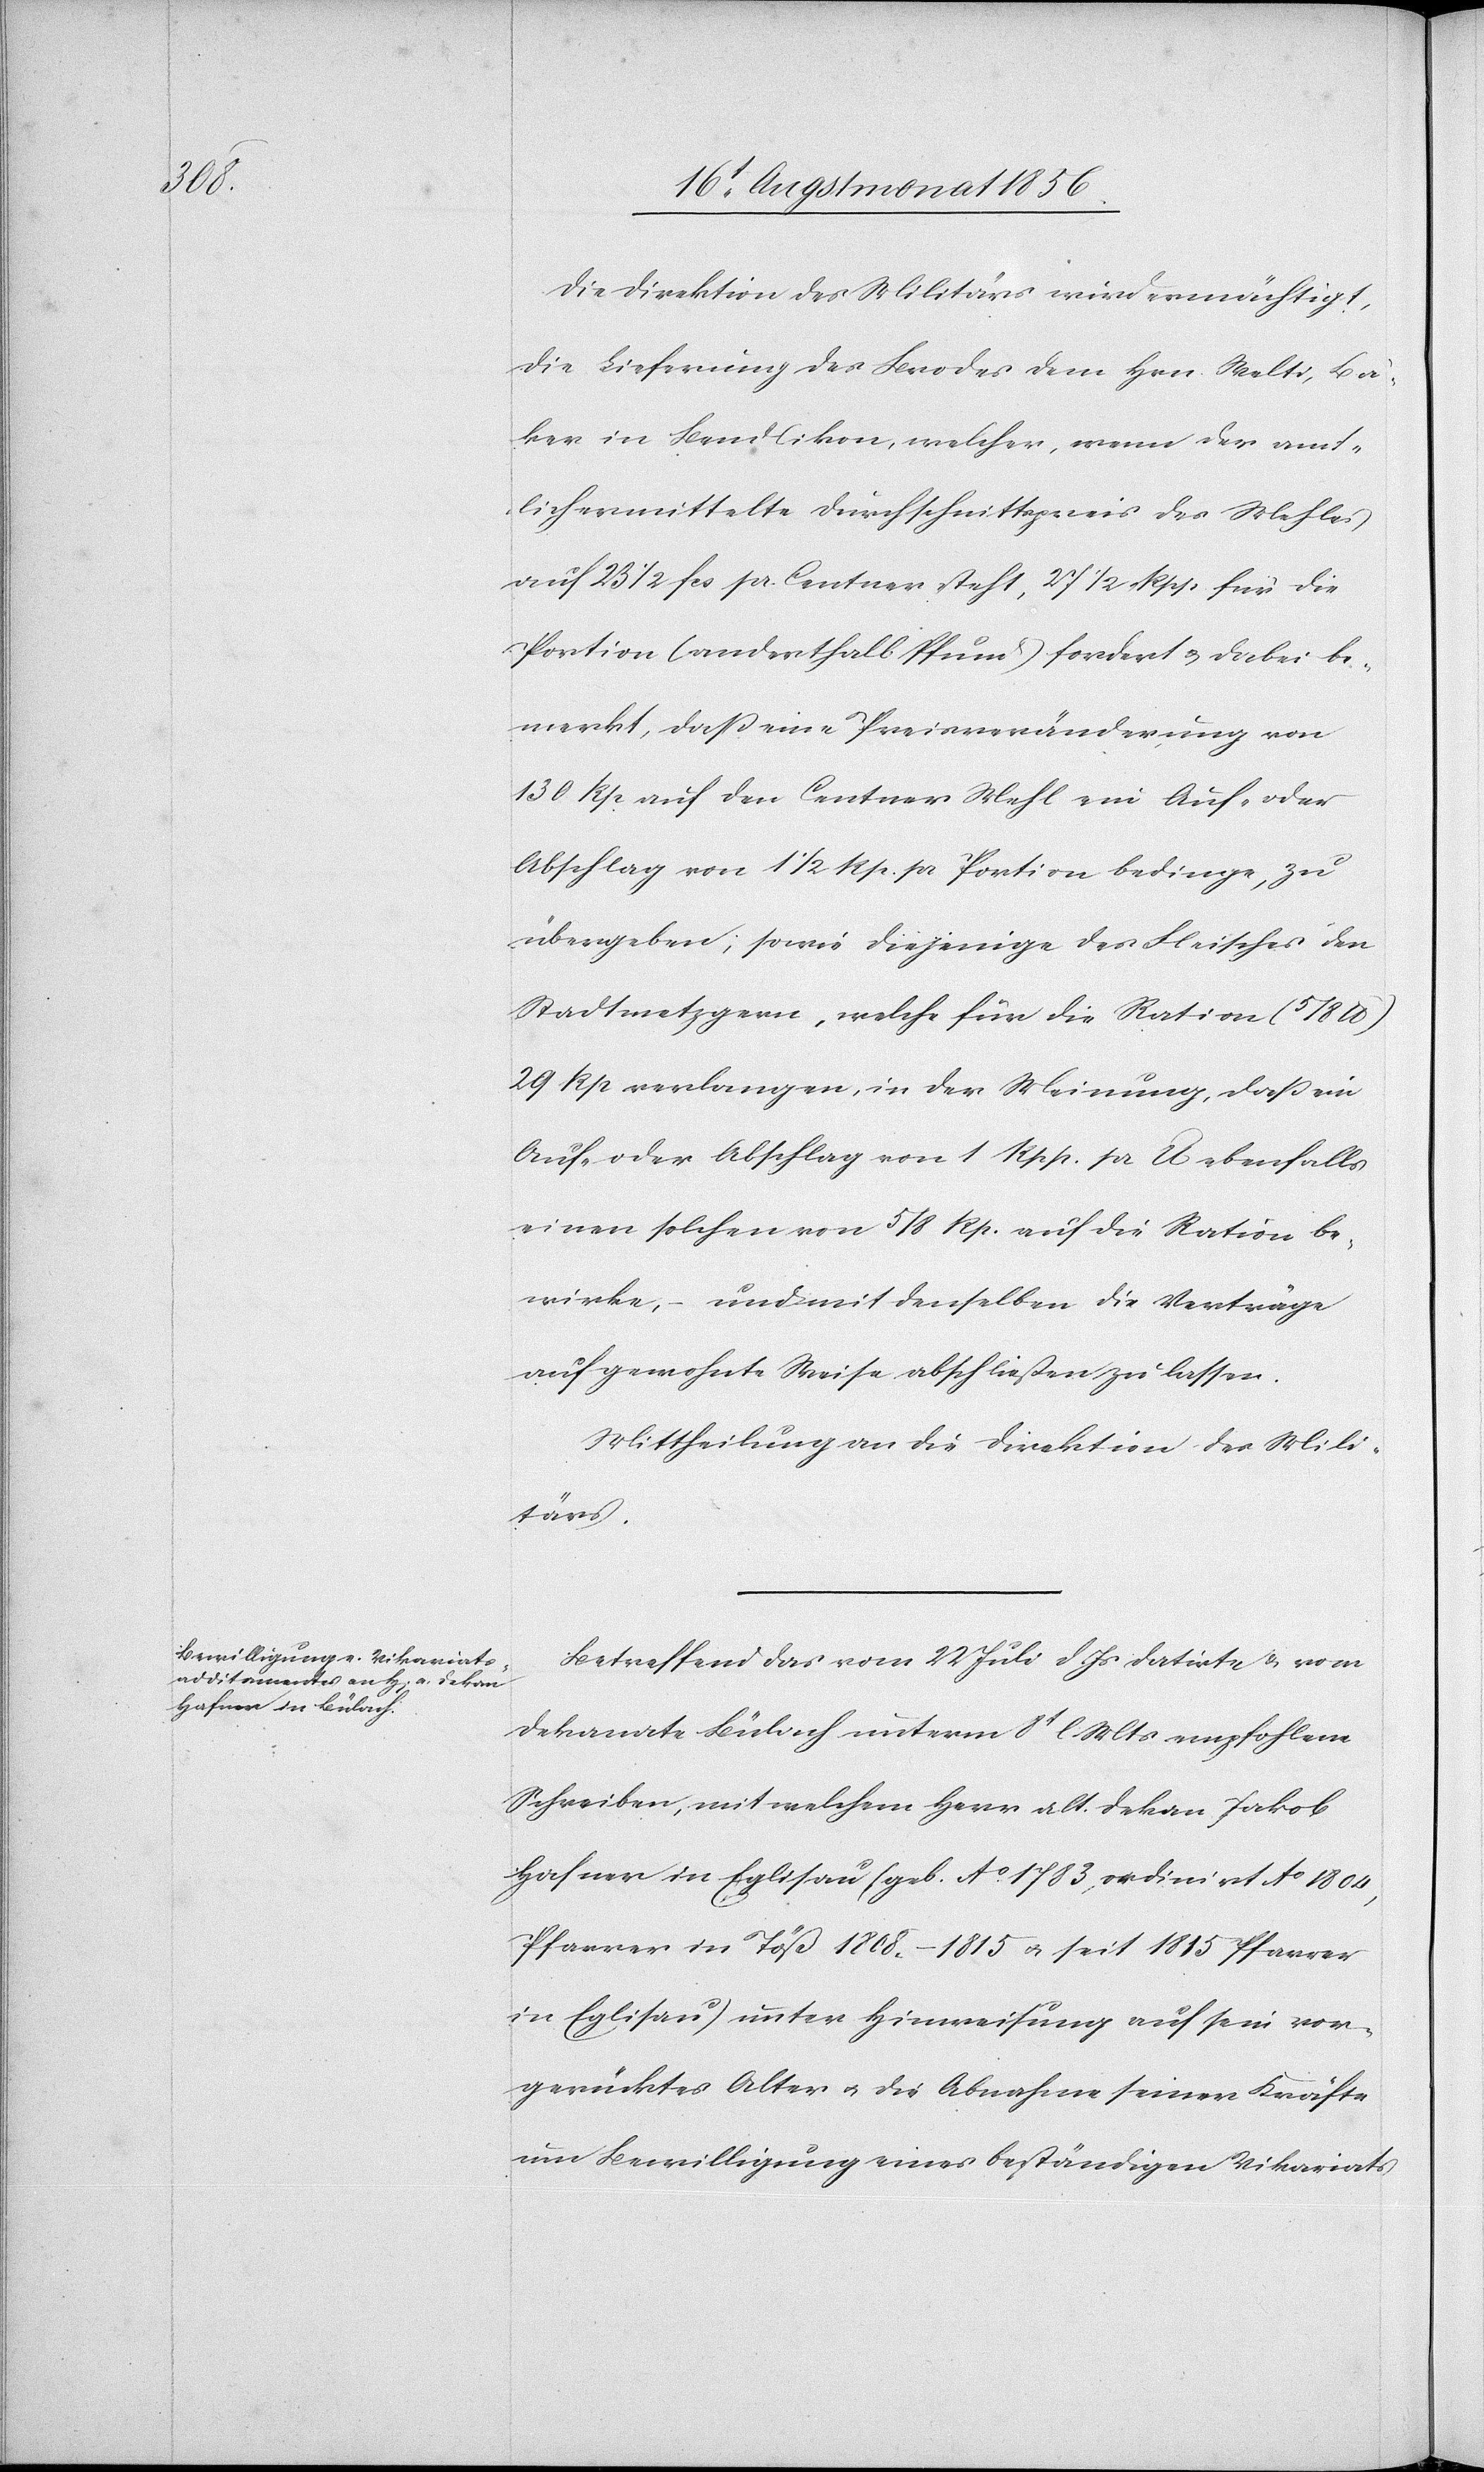
[si¬

Die Direktion des Militärs wird ermächtigt,
die Lieferung des Brodes dem Hrn. Welti, Bä¬
c!] in Bendlikon, welcher, wenn der amt¬
lich ermittelte Durchschnittspreis des Mehles
auf 23 1/2 fcs. pr. Centner steht, 27 1/2 Rpp für die
Portion (anderthalb Pfund) fordert u. dabei be¬
merkt, dass eine Preisveränderung von
130 Rp auf den Centner Mehl ein Auf- oder
Abschlag von 1 1/2 Rp. pr Portion bedinge, zu
übergeben; sowie diejenige des Fleisches den
Stadtmetzgern, welche für die Ration (5/8
29 Rp verlangen, in der Meinung, dass ein
Auf- oder Abschlag von 1 Rpp. pr lb ebenfalls
einen solchen von 5/8 Rp. auf die Ration be¬
wirke, – und mit denselben die Verträge
auf gewohnte Weise abschließen zu lassen.
Mittheilung an die Direktion des Mili¬
tärs.
Betreffend das vom 22 Juli d. Js datirte & vom
Dekanate Bülach unterm 8t l Mts empfohlene
Schreiben, mit welchem Herr alt. Dekan Jakob
Hafner in Eglisau (geb. Ao 1783, ordinirt Ao 1804,
Pfarrer in Töß 1808.–1815 u. seit 1815 Pfarrer
in Eglisau) unter Hinweisung auf sein vor¬
gerücktes Alter u. die Abnahme seiner Kräfte
um Bewilligung eines beständigen Vikariats